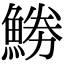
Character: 𩷼